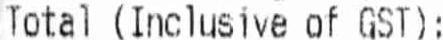
TOTAL (INCLUSIVE OF GST):